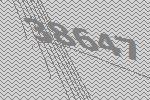
38647